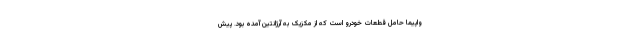
واپیما حامل قطعات خودرو است که از مکزیک به آرژانتین آمده بود. پیش